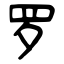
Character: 罗